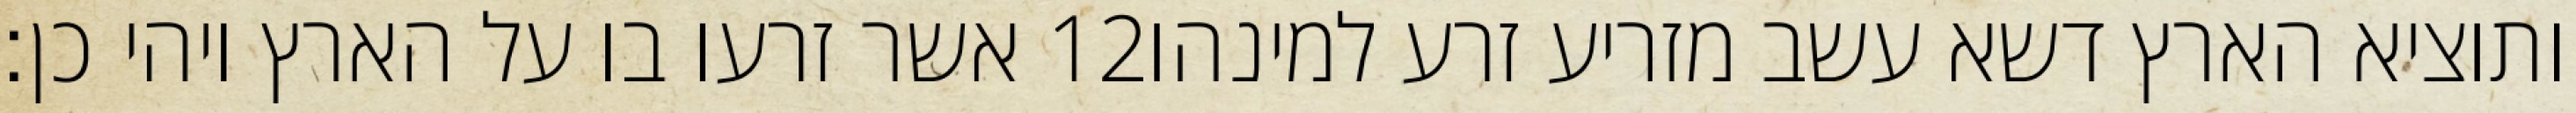
אשר זרעו בו על הארץ ויהי כן׃ ‎12‏ ותוציא הארץ דשא עשב מזריע זרע למינהו